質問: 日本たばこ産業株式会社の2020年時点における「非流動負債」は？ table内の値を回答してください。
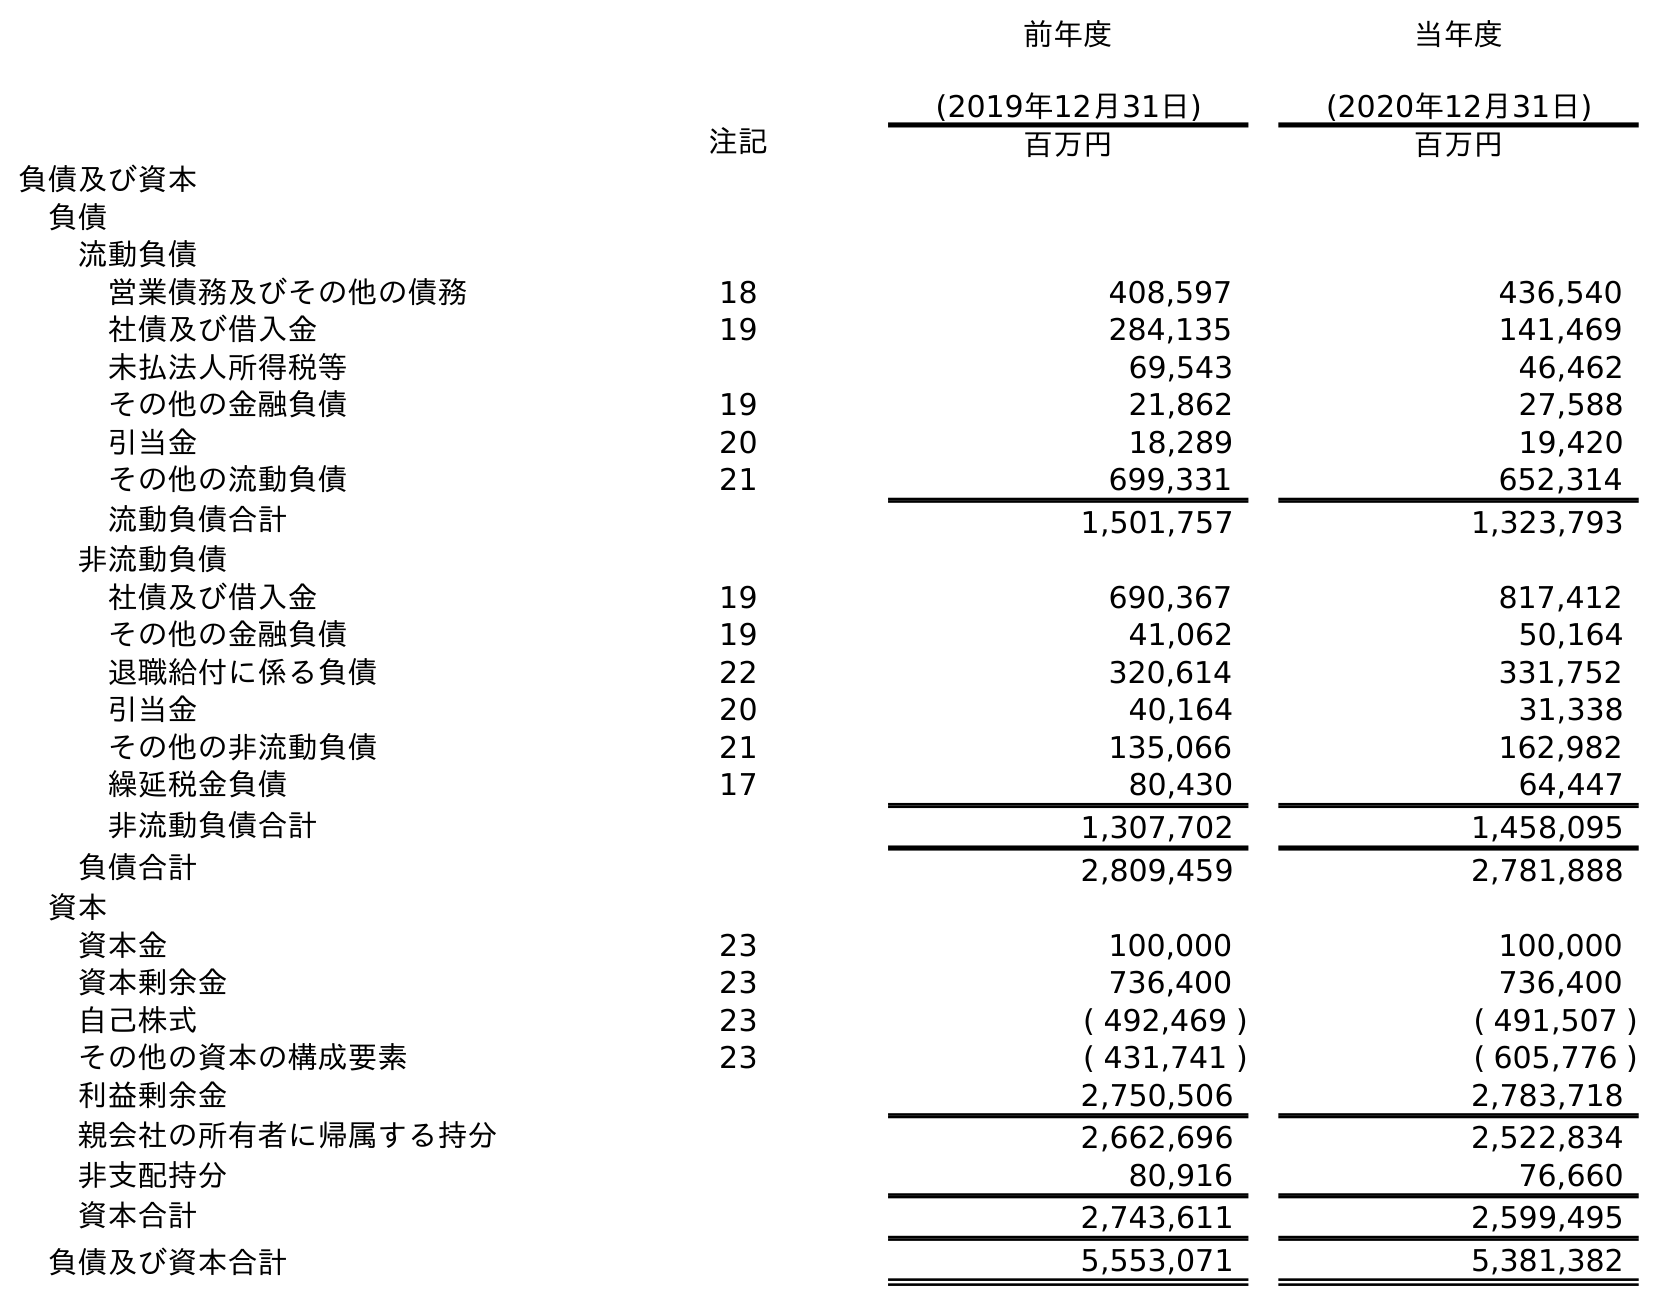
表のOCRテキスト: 前年度 (2019年12月31日) 当年度 (2020年12月31日) 注記 百万円 百万円 負債及び資本 負債 流動負債 営業債務及びその他の債務 18 408,597 436,540 社債及び借入金 19 284,135 141,469 未払法人所得税等 69,543 46,462 その他の金融負債 19 21,862 27,588 引当金 20 18,289 19,420 その他の流動負債 21 699,331 652,314 流動負債合計 1,501,757 1,323,793 非流動負債 社債及び借入金 19 690,367 817,412 その他の金融負債 19 41,062 50,164 退職給付に係る負債 22 320,614 331,752 引当金 20 40,164 31,338 その他の非流動負債 21 135,066 162,982 繰延税金負債 17 80,430 64,447 非流動負債合計 1,307,702 1,458,095 負債合計 2,809,459 2,781,888 資本 資本金 23 100,000 100,000 資本剰余金 23 736,400 736,400 自己株式 23 ( 492,469 ) ( 491,507 ) その他の資本の構成要素 23 ( 431,741 ) ( 605,776 ) 利益剰余金 2,750,506 2,783,718 親会社の所有者に帰属する持分 2,662,696 2,522,834 非支配持分 80,916 76,660 資本合計 2,743,611 2,599,495 負債及び資本合計 5,553,071 5,381,382
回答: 1,458,095